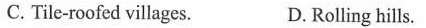
C. Tile-roofed villages. D.Rolling hills.